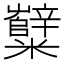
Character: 糱